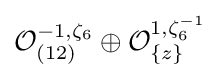
{\mathcal {O}}_{(12)}^{-1,\zeta _{6}}\oplus {\mathcal {O}}_{\{z\}}^{1,\zeta _{6}^{-1}}